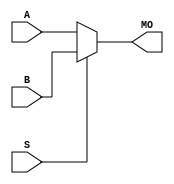
module b5mux21 (MO,
                A,
                B,
                S);
    input [4:0] A, B;
    input S;
    output [4:0] MO; 
    assign MO = (S == 1) ? B : A; 
endmodule